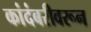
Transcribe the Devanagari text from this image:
कांदंबरीवरून